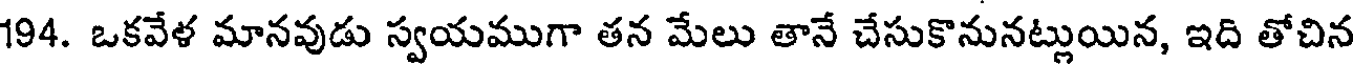
194. ఒకవేళ మానవుడు స్వయముగా తన మేలు తానే చేసుకొనునట్లుయిన, ఇది తోచిన